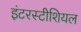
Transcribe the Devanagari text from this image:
इंटरस्टीशियल